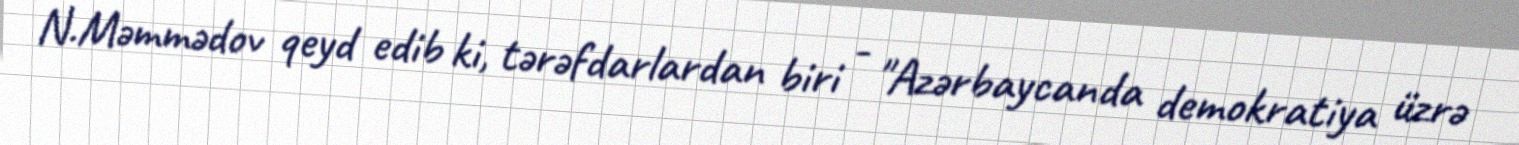
N.Məmmədov qeyd edib ki, tərəfdarlardan biri - "Azərbaycanda demokratiya üzrə